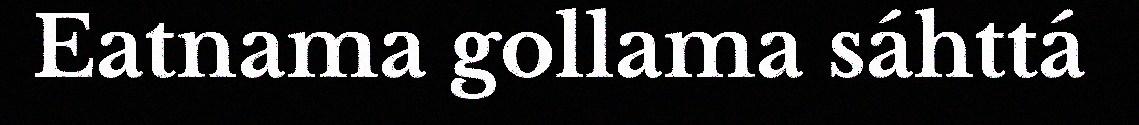
Eatnama gollama sáhttá